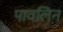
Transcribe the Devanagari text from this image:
पावलिन